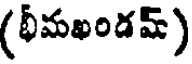
(భీమఖండమ్)